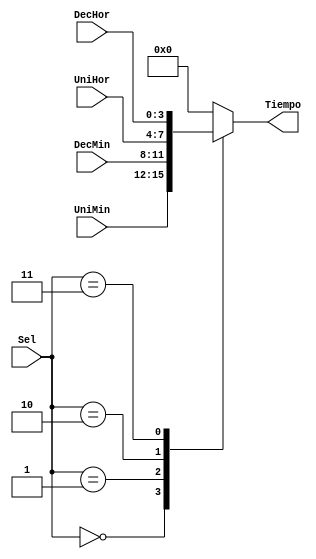
`timescale 1ns / 1ps
//////////////////////////////////////////////////////////////////////////////////
// Company: 
// Engineer: 
// 
// Design Name: 
// Module Name: Mux4to1
// Project Name: 
// Target Devices: 
// Tool Versions: 
// Description: 
// 
// Dependencies: 
// 
// Revision:
// Revision 0.01 - File Created
// Additional Comments:
// 
//////////////////////////////////////////////////////////////////////////////////


module Mux4to1(
    input [3:0] DecHor,
    input [3:0] UniHor,
    input [3:0] DecMin,
    input [3:0] UniMin,
    input [2:0] Sel,
    output reg [3:0] Tiempo
    );
    
    always @(DecHor or UniHor or DecMin or UniMin or Sel)
    begin
        case (Sel)
            2'b00 : Tiempo = UniMin;
            2'b01 : Tiempo = DecMin;
            2'b10 : Tiempo = UniHor;
            2'b11 : Tiempo = DecHor;
            default : Tiempo = 0;
        endcase
    end
    
endmodule